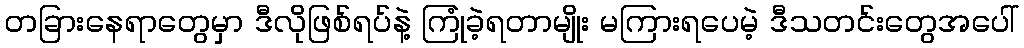
တခြားနေရာတွေမှာ ဒီလိုဖြစ်ရပ်နဲ့ ကြုံခဲ့ရတာမျိုး မကြားရပေမဲ့ ဒီသတင်းတွေအပေါ်